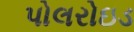
પોલરોઇડ